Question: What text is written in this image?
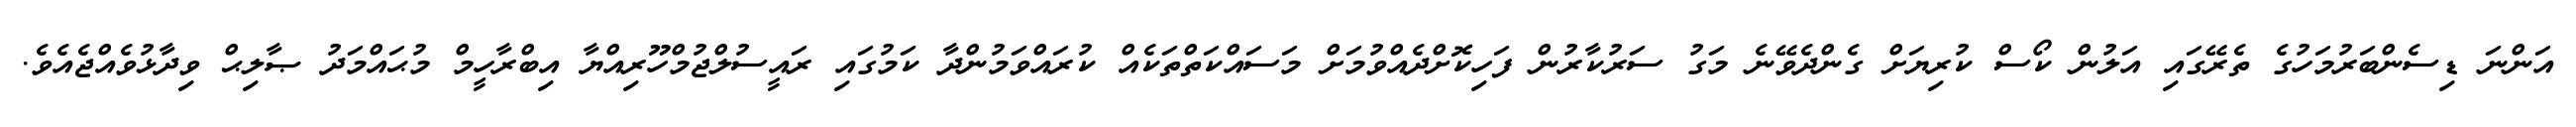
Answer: އަންނަ ޑިސެންބަރުމަހުގެ ތެރޭގައި އަލުން ކޯސް ކުރިޔަށް ގެންދެވޭނެ މަގު ސަރުކާރުން ފަހިކޮށްދެއްވުމަށް މަސައްކަތްތަކެއް ކުރައްވަމުންދާ ކަމުގައި ރައީސުލްޖުމްހޫރިއްޔާ އިބްރާހީމް މުޙައްމަދު ޞާލިޙް ވިދާޅުވެއްޖެއެވެ.